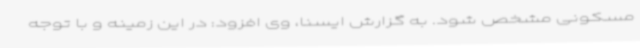
مسکونی مشخص شود. به گزارش ایسنا، وی افزود: در این زمینه و با توجه